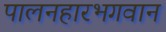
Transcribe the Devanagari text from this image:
पालनहारभगवान